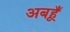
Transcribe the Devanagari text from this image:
अबहूँ